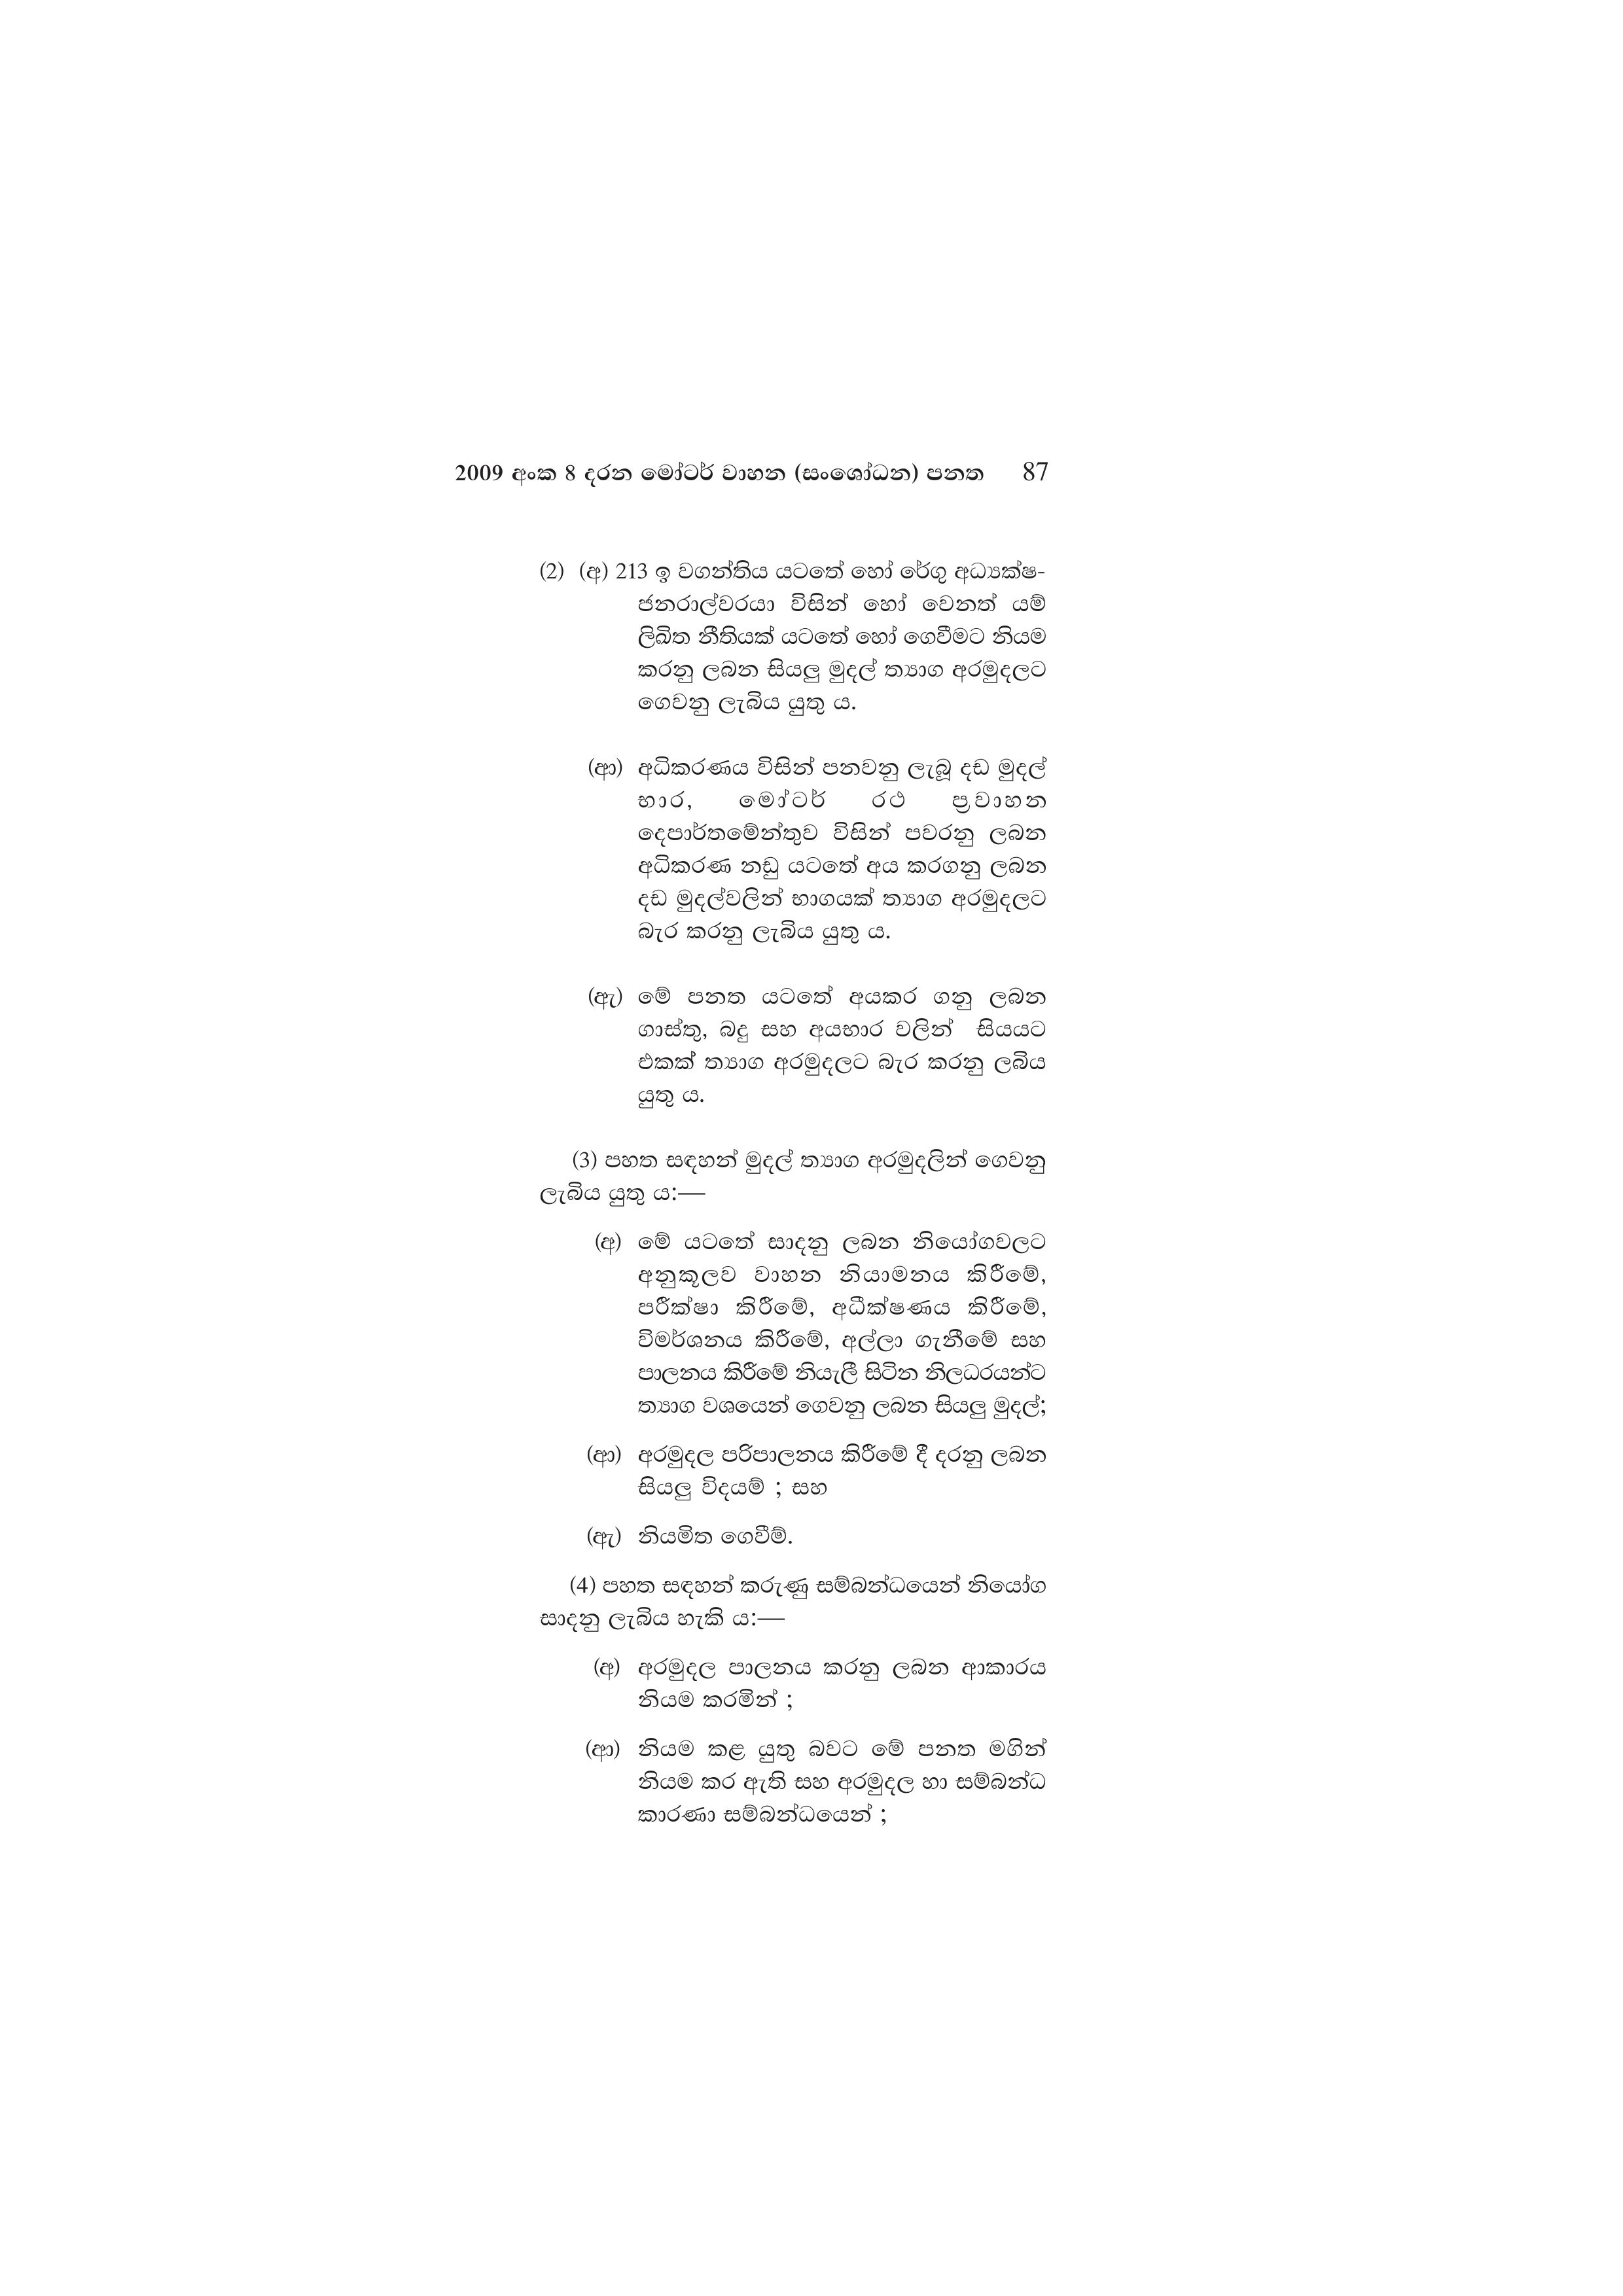
2009 අංක 8 දරන මෝටර් වාහන (සංශෝධන) පනත 87

(2) (අ) 213 ඉ වගන්තිය යටතේ හෝ රේගු අධ්‍යක්ෂ-
ජනරාල්වරයා විසින් හෝ වෙනත් යම්
ලිඛිත නීතියක් යටතේ හෝ ගෙවීමට නියම
කරනු ලබන සියලු මුදල් ත්‍යාග අරමුදලට
ගෙවනු ලැබිය යුතු ය.

(ආ) අධිකරණය විසින් පනවනු ලැබූ දඩ මුදල්
භාර, මෝටර් රථ ප්‍රවාහන
දෙපාර්තමේන්තුව විසින් පවරනු ලබන
අධිකරණ නඩු යටතේ අය කරගනු ලබන
දඩ මුදල්වලින් භාගයක් ත්‍යාග අරමුදලට
බැර කරනු ලැබිය යුතු ය.

(ඇ) මේ පනත යටතේ අයකර ගනු ලබන
ගාස්තු, බදු සහ අයභාර වලින් සියයට
එකක් ත්‍යාග අරමුදලට බැර කරනු ලබිය
යුතු ය.

(3) පහත සඳහන් මුදල් ත්‍යාග අරමුදලින් ගෙවනු
ලැබිය යුතු ය:—

(අ) මේ යටතේ සාදනු ලබන නියෝගවලට
අනුකූලව වාහන නියාමනය කිරීමේ,
පරීක්ෂා කිරීමේ, අධීක්ෂණය කිරීමේ,
විමර්ශනය කිරීමේ, අල්ලා ගැනීමේ සහ
පාලනය කිරීමේ නියැලී සිටින නිලධරයන්ට
ත්‍යාග වශයෙන් ගෙවනු ලබන සියලු මුදල්;

(ආ) අරමුදල පරිපාලනය කිරීමේ දී දරනු ලබන
සියලු විදයම් ; සහ

(ඇ) නියමිත ගෙවීම්.

(4) පහත සඳහන් කරුණු සම්බන්ධයෙන් නියෝග
සාදනු ලැබිය හැකි ය:—

(අ) අරමුදල පාලනය කරනු ලබන ආකාරය
නියම කරමින් ;

(ආ) නියම කළ යුතු බවට මේ පනත මගින්
නියම කර ඇති සහ අරමුදල හා සම්බන්ධ
කාරණා සම්බන්ධයෙන් ;